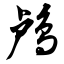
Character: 鸬